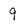
Character: 9